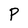
Character: P